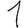
Digit: 1